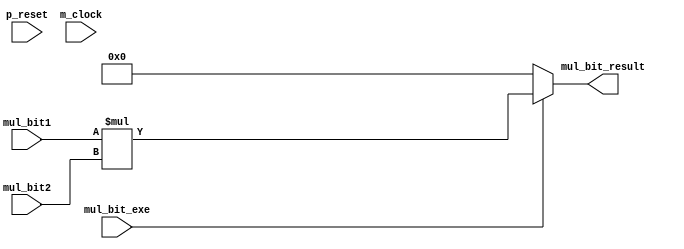
// This program was cloned from: https://github.com/shun7b/bidirectional-search
// License: GNU General Public License v3.0


/*Produced by NSL Core(version=20240424), IP ARCH, Inc. Mon May 20 03:44:04 2024
 Licensed to :EVALUATION USER*/
/*
 DO NOT USE ANY PART OF THIS FILE FOR COMMERCIAL PRODUCTS. 
*/

module mul_bit ( p_reset , m_clock , mul_bit1 , mul_bit2 , mul_bit_result , mul_bit_exe );
  input p_reset, m_clock;
  wire p_reset, m_clock;
  input [17:0] mul_bit1;
  wire [17:0] mul_bit1;
  input [17:0] mul_bit2;
  wire [17:0] mul_bit2;
  output [20:0] mul_bit_result;
  wire [20:0] mul_bit_result;
  input mul_bit_exe;
  wire mul_bit_exe;

   assign  mul_bit_result = 
// synthesis translate_off
// synopsys translate_off
(mul_bit_exe)? 
// synthesis translate_on
// synopsys translate_on
((mul_bit_exe)?(mul_bit1*mul_bit2):21'b0)
// synthesis translate_off
// synopsys translate_off
:21'bx
// synthesis translate_on
// synopsys translate_on
;
endmodule

/*Produced by NSL Core(version=20240424), IP ARCH, Inc. Mon May 20 03:44:04 2024
 Licensed to :EVALUATION USER*/